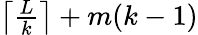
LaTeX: \begin{array}{r}{\left\lceil{\frac{L}{k}}\right\rceil+m(k-1)}\end{array}